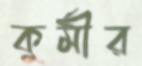
কুর্মীর